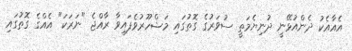
އެއާއެކު ދެންއުޅޭނީ ދުނިޔެމަތީ ސުވަރުގެ ގޮތުގައި މަޝްހޫރުވެފައިވާ ރާއްޖެ "ނަރަކަ" އެއްގެ ގޮތުގައި